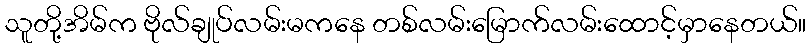
သူတို့အိမ်က ဗိုလ်ချုပ်လမ်းမကနေ တစ်လမ်းမြောက်လမ်းထောင့်မှာနေတယ်။